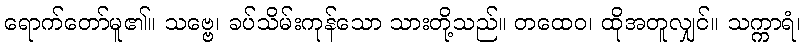
ရောက်တော်မူ၏။ သဗ္ဗေ၊ ခပ်သိမ်းကုန်သော သားတို့သည်။ တထေဝ၊ ထိုအတူလျှင်။ သက္ကာရံ၊